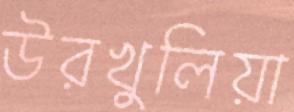
উরখুলিয়া